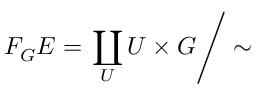
F _ { G } E = \left. \coprod _ { U } U \times G \right/ \sim